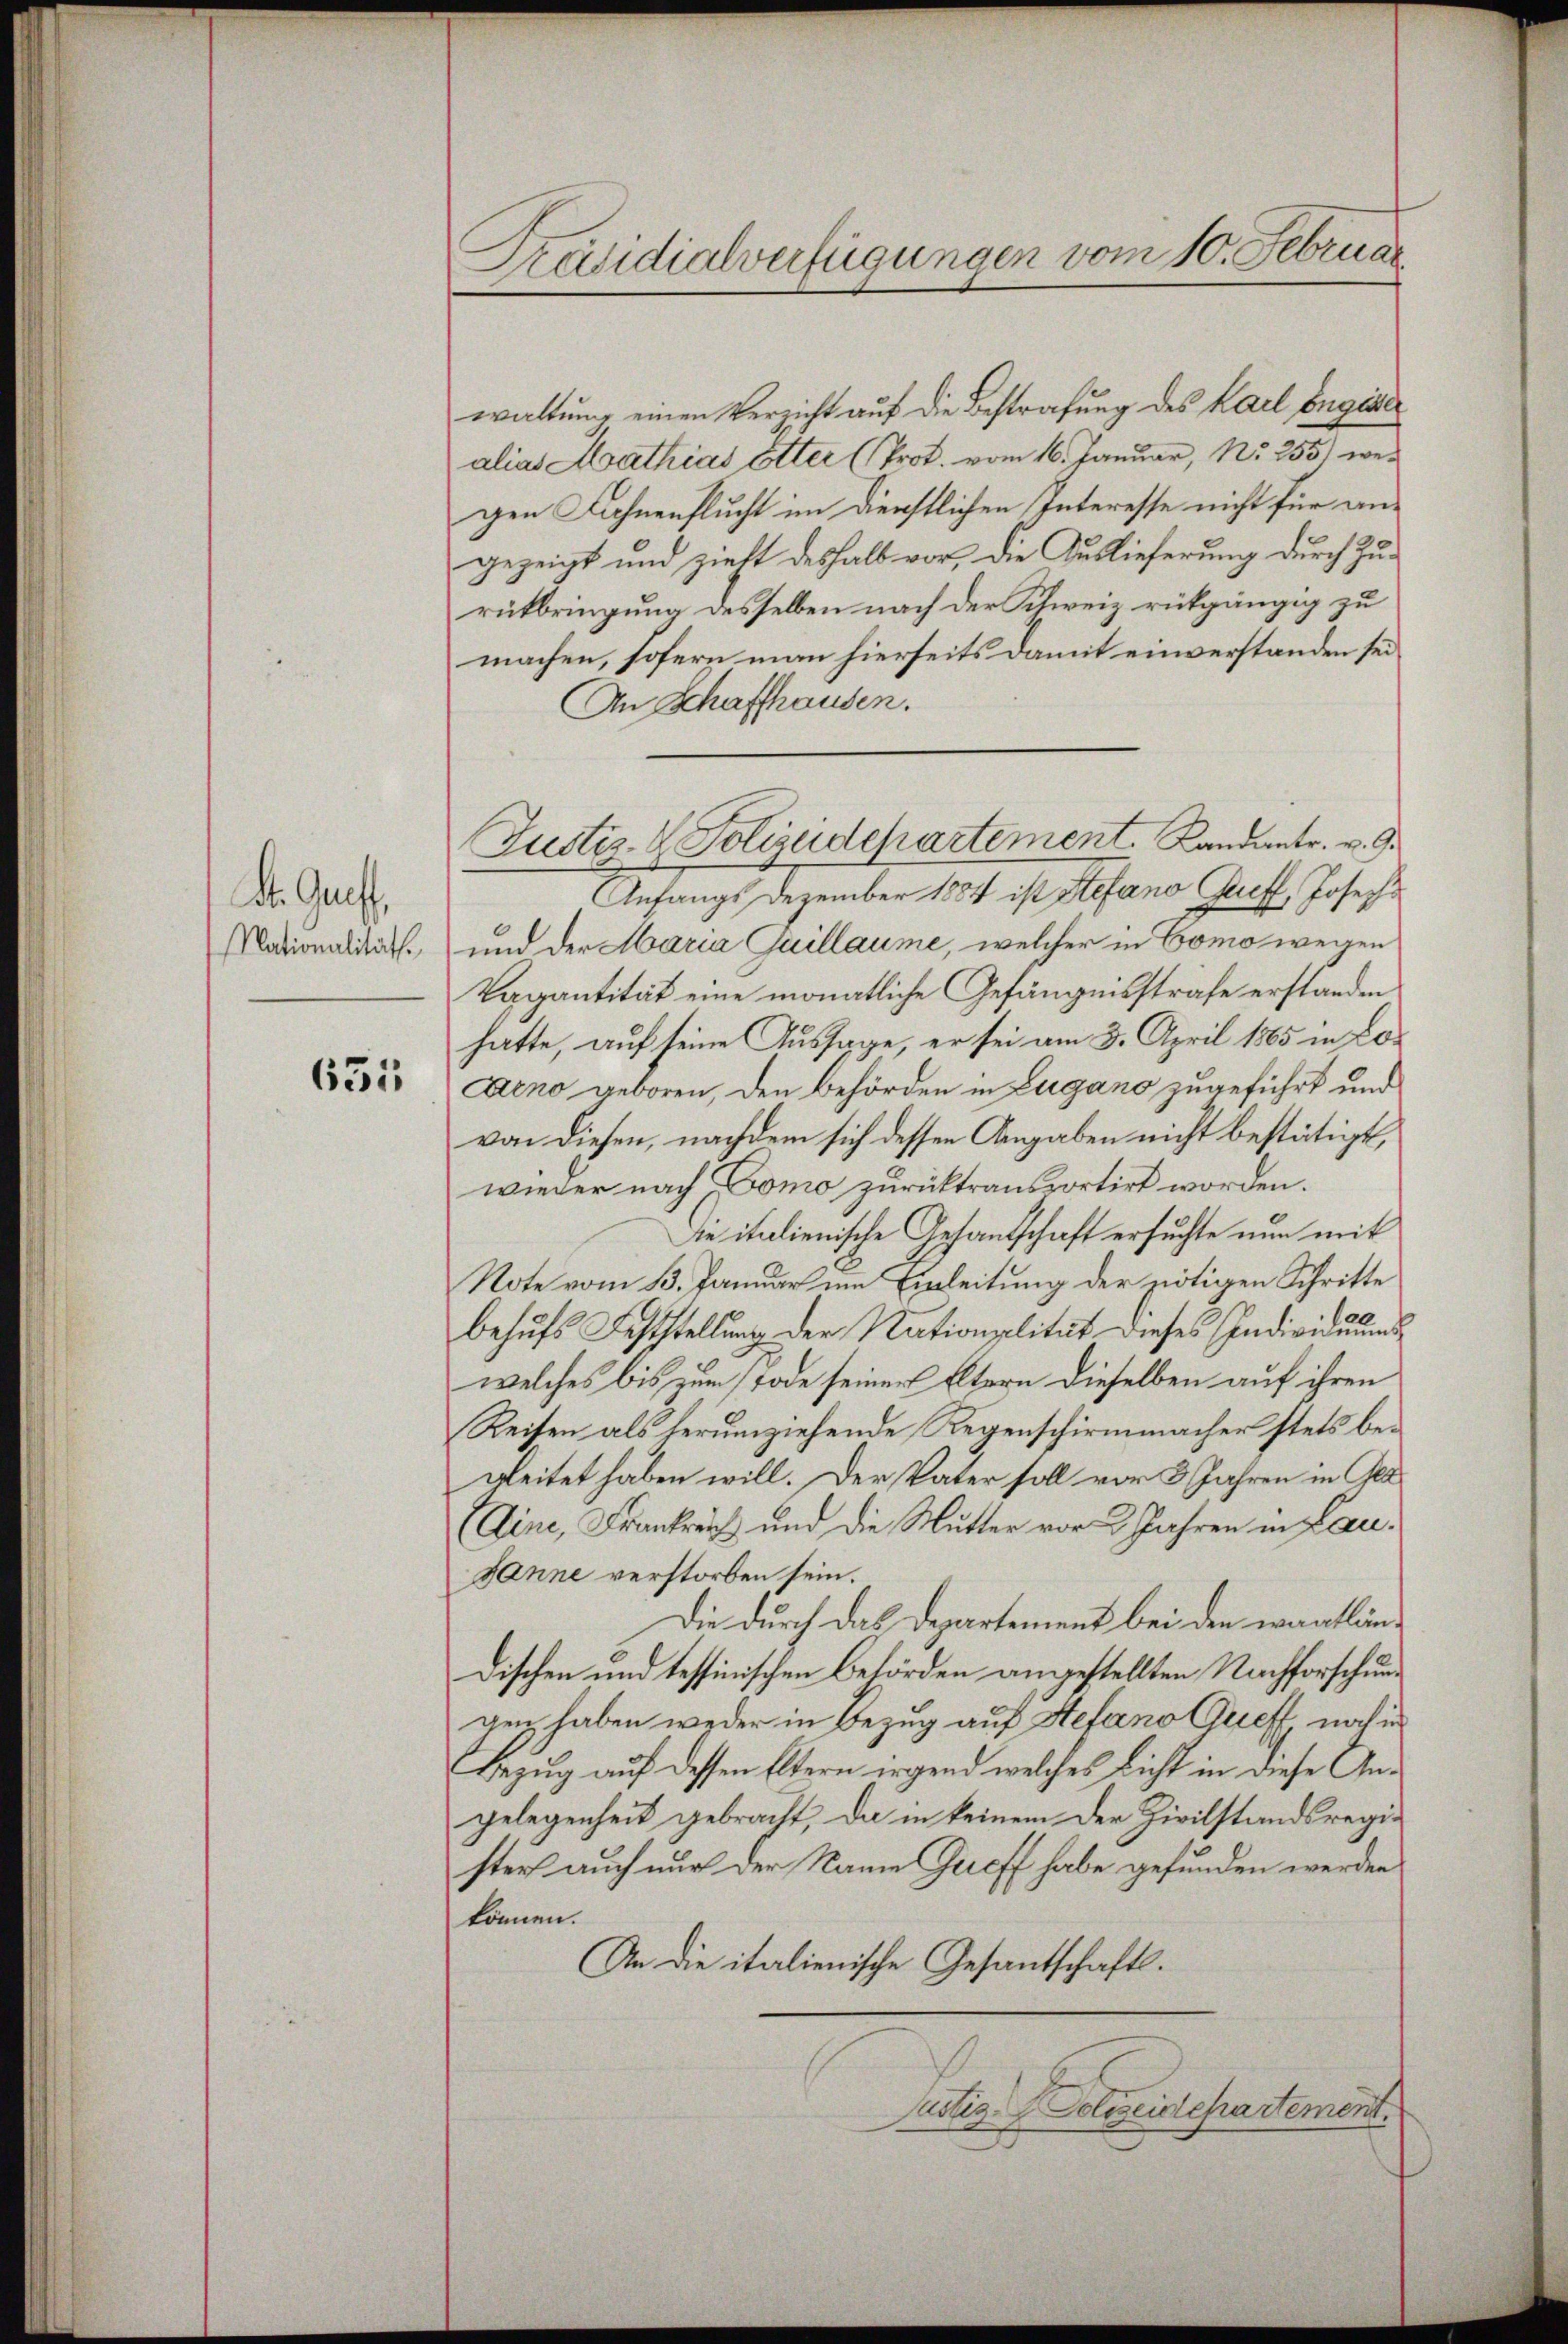
St. Gust,

631

Präsidialverfügungen vom 10. Februar

waltung einen Verzicht auf die Bestrafung des Karl Engager
alias Mathias Etter (Prot. vom 16. Januar, No 255) wegen Fahnenflucht im Dienstlichen Interesse nicht für angezeigt und zieht deshalb vor, die Auslieferung durch Zurückbringung desselben nach der Schweiz rückgängig zu
machen, sofern man hierseits damit einverstanden sei.
An Schaffhausen.
Anfangs Dezember 1884 ist Stefano Greff, Joseph
Nationalität und der Maria Guillaume, welcher in Como wegen
Vagantität eine monatliche Gefängnisstrafe erstanden
hatte, auf seine Aussage, er sei am 3. April 1865 in Lo¬
Aeno geboren, den Behörden in Zugano zugeführt und
von diesen, nachdem sich dessen Angaben nicht bestätigt,
wieder nach Como zurücktransportirt worden.
Die italienische Gesantschaft ersuchte nun mit
Note vom 13. Januar im Einleitung der nötigen Schritte
behufs Feststellung der Nationsplität dieses Individuums
welches bis zum Tode seiner Eltern dieselben auf ihren
Reisen als herumziehende Regenschirmmacher stets begleitet haben will. Der Vater soll vor 3 Jahren in Gla¬
(Eine, Frankreich und die Mutter vor 2 Jahren in Leu¬
Janne verstorben sein.
Die durch das Departement bei den wantlän¬
Dischen und tessinischen Behörden angestellten Nachforschungen haben weder in Bezug auf Stefano Quett noch in
Bezug auf dessen Eltern irgend welches Licht in diese Angelegenheit gebracht, da in keinem der Zivilstandsregister auch nur der Name Greff habe gefunden werden
können.
An die italienische Gesantschafts¬
Justiz-Polizeidepartement.

Justiz- & Polizeidchartement. Kandantr. v. 9.